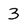
Character: 3